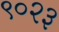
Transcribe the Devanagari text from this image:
९०२३